Plague in India, 1896, 1897 - Volume 1
Year: 1896
Disease focus: Plague
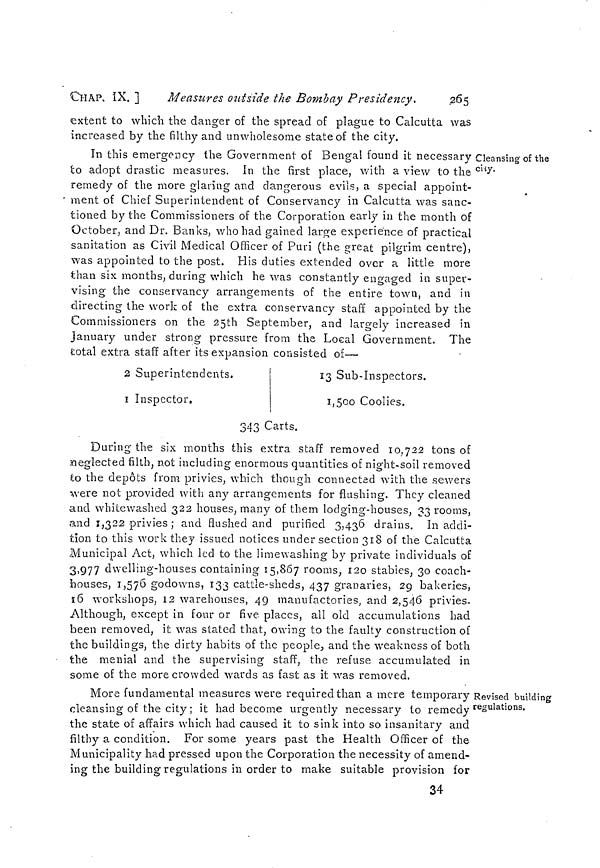
CHAP. IX. ]
Measures outside the Bombay Presidency.
.265
extent to which the danger of the spread of plague to Calcutta was
increased by the filthy and unwholesome state of the city.
Cleansing of the
city.
In this emergency the Government of Bengal found it necessary
to adopt drastic measures. In the first place, with a view to the
remedy of the more glaring and dangerous evils, a special appoint-
ment of Chief Superintendent of Conservancy in Calcutta was sanc-
tioned by the Commissioners of the Corporation early in the month of
October, and Dr. Banks, who had gained large experience of practical
sanitation as Civil Medical Officer of Puri (the great pilgrim centre),
was appointed to the post. His duties extended over a little more
than six months, during which he was constantly engaged in super-
vising the conservancy arrangements of the entire town, and in
directing the work of the extra conservancy staff appointed by the
Commissioners on the 25th September, and largely increased in
January under strong pressure from the Local Government. The
total extra staff after its expansion consisted of—
2 Superintendents,
1 Inspector.
23 Sub-Inspectors.
1,500 Coolies.
343 Carts.
During the six months this extra staff removed 10,722 tons of
neglected filth, not including enormous quantities of night-soil removed
to the depots from privies, which though connected with the sewers
were not provided with any arrangements for flushing. They cleaned
and whitewashed 322 houses, many of them lodging-houses, 33 rooms,
and 1,322 privies ; and flushed and purified 3,436 drains. In addi-
tion to this work they issued notices under section 318 of the Calcutta
Municipal Act, which led to the limewashing by private individuals of
3)977 dwelling-houses containing 15,867 rooms, 120 stables, 30 coach-
bouses, 1,576 godowns, 133 cattle-sheds, 437 granaries, 29 bakeries,
s6 workshops, 12 warehouses, 49 manufactories, and 2,546 privies.
Although, except in four or five places, all old accumulations had
been removed, it was stated that, owing to the faulty construction of
the buildings, the dirty habits of the people, and the weakness of both
the menial and the supervising staff, the refuse accumulated in
some of the more crowded wards as fast as it was removed.
Revised building
regulations.
More fundamental measures were required than a mere temporary
cleansing of the city; it had become urgently necessary to remedy
the state of affairs which had caused it to sink into so insanitary and
filthy a condition. For some years past the Health Officer of the
Municipality had pressed upon the Corporation the necessity of amend-
ing the building regulations in order to make suitable provision for
34